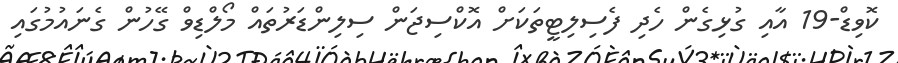
ކޮވިޑް-19 އާއި ގުޅިގެން ހެދި ފެސިލިޓީތަކަށް އޮކްސިޖަން ސިލިންޑަރުތައް މޯލްޑިވް ގޭހުން ގެނައުމުގައި